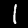
Digit: 1